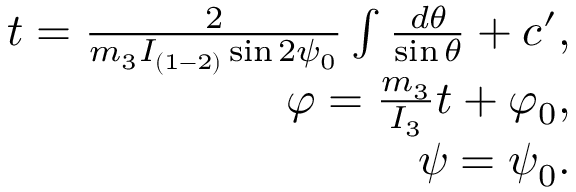
\begin{array} { r } { t = \frac { 2 } { m _ { 3 } I _ { ( 1 - 2 ) } \sin 2 \psi _ { 0 } } \int \frac { d \theta } { \sin \theta } + c ^ { \prime } , } \\ { \varphi = \frac { m _ { 3 } } { I _ { 3 } } t + \varphi _ { 0 } , } \\ { \psi = \psi _ { 0 } . } \end{array}